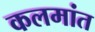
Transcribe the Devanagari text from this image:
कलमांत